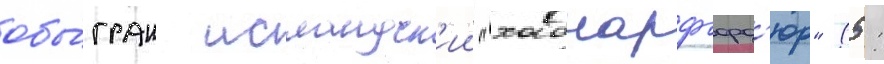
обы́гран исландск'ии "хабнарфьорд'юр" (5: